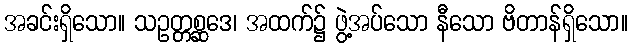
အခင်းရှိသော။ သဥတ္တစ္ဆဒေ၊ အထက်၌ ဖွဲ့အပ်သော နီသော ဗိတာန်ရှိသော။